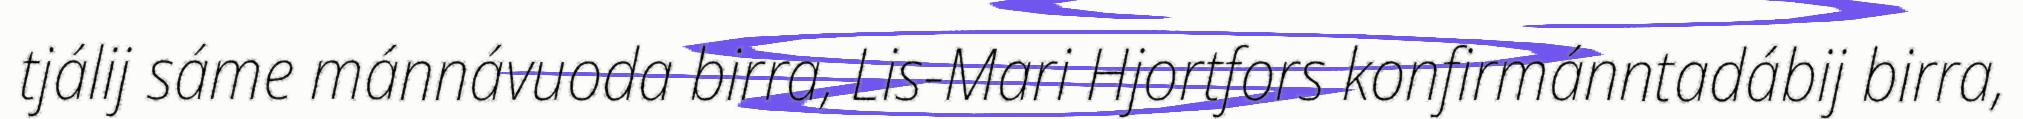
tjálij sáme mánnávuoda birra, Lis-Mari Hjortfors konfirmánntadábij birra,